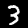
Digit: 3